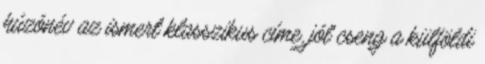
húzónév az ismert klasszikus címe, jól cseng a külföldi